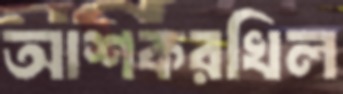
আশকরখিল